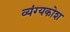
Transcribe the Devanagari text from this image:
व्यंग्यकोश